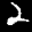
Label: 2